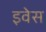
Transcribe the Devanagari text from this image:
इवेस